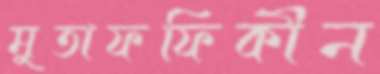
মুতাফফিকীন